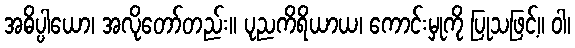
အဓိပ္ပါယော၊ အလိုတော်တည်း။ ပုညကိရိယာယ၊ ကောင်းမှုကို ပြုသဖြင့်။ ဝါ၊